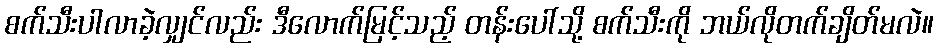
စက်သီးပါလာခဲ့လျှင်လည်း ဒီလောက်မြင့်သည့် တန်းပေါ်သို့ စက်သီးကို ဘယ်လိုတက်ချိတ်မလဲ။